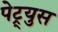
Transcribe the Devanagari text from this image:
पेट्र्युस